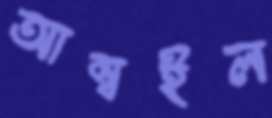
আম্বইল